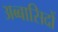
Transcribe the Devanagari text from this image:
अब्बासिदों